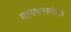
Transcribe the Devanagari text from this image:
मानधनातील